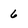
Character: 6